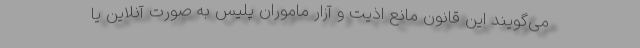
می‌گویند این قانون مانع اذیت و آزار ماموران پلیس به صورت آنلاین یا